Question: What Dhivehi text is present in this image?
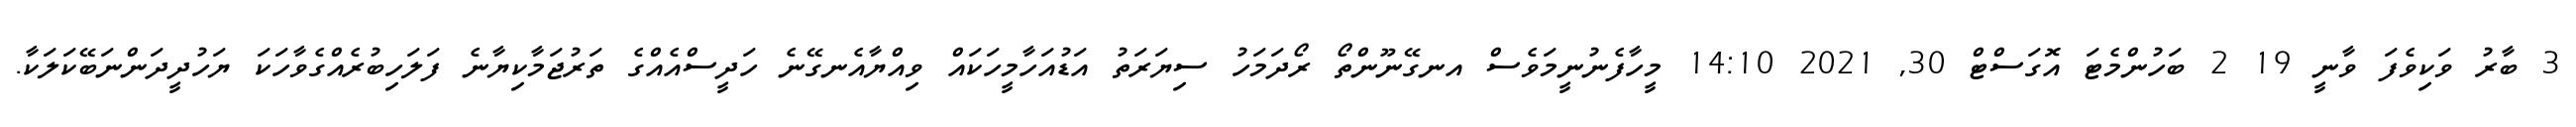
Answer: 3 ބާރު ވަކިވެފަ ވާނީ 19 2 ބަހުންމެޓަ އޮގަސްޓް 30, 2021 14:10 މީހާފެނުނީމަވެސް އނގޭނޫންތޯ ރޯދަމަހު ސިޔަރަތު އަޑުއަހާމީހަކައް ވިއްޔާއެނގޭނެ ހަދީސްއެއްގެ ތަރުޖަމާކިޔާނެ ފަލަހިބުރެއްގެވާހަކަ ޔަހުދީދަންނަބޭކަލަކާ.